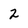
Character: 2